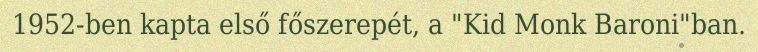
1952-ben kapta első főszerepét, a "Kid Monk Baroni"ban.